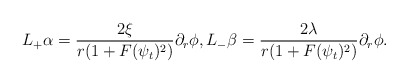
\begin{align*} L_+\alpha=\frac{2\xi}{r(1+F(\psi_t)^2)}\partial_r\phi,L_-\beta=\frac{2\lambda}{r(1+F(\psi_t)^2)}\partial_r\phi.\end{align*}